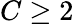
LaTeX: C\ge 2